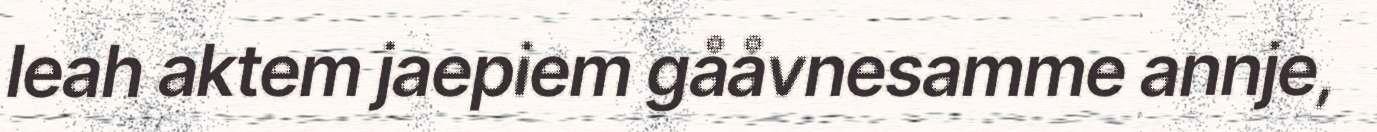
leah aktem jaepiem gååvnesamme annje,